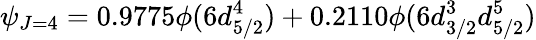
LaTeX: \psi_{J=4}=0.9775\phi(6d_{5/2}^{4})+0.2110\phi(6d_{3/2}^{3}d_{5/2}^{5})